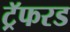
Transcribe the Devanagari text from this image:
ट्रॅफरड